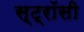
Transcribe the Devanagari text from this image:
स्ट्रॉसी